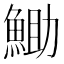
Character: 𮫼